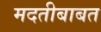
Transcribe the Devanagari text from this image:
मदतीबाबत